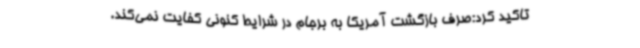
تاکید کرد:صرف بازگشت آمریکا به برجام در شرایط کنونی کفایت نمی‌کند.